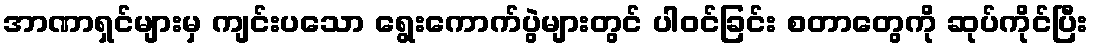
အာဏာရှင်များမှ ကျင်းပသော ရွေးကောက်ပွဲများတွင် ပါဝင်ခြင်း စတာတွေကို ဆုပ်ကိုင်ပြီး